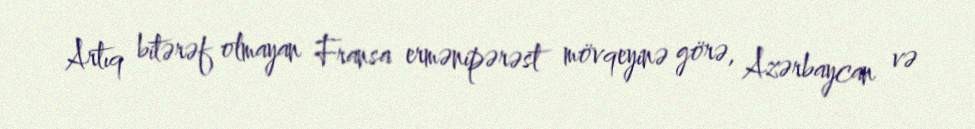
Artıq bitərəf olmayan Fransa ermənipərəst mövqeyinə görə, Azərbaycan və